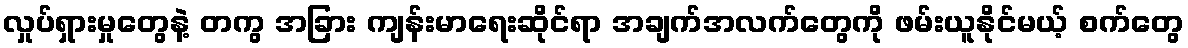
လှုပ်ရှားမှုတွေနဲ့ တကွ အခြား ကျန်းမာရေးဆိုင်ရာ အချက်အလက်တွေကို ဖမ်းယူနိုင်မယ့် စက်တွေ